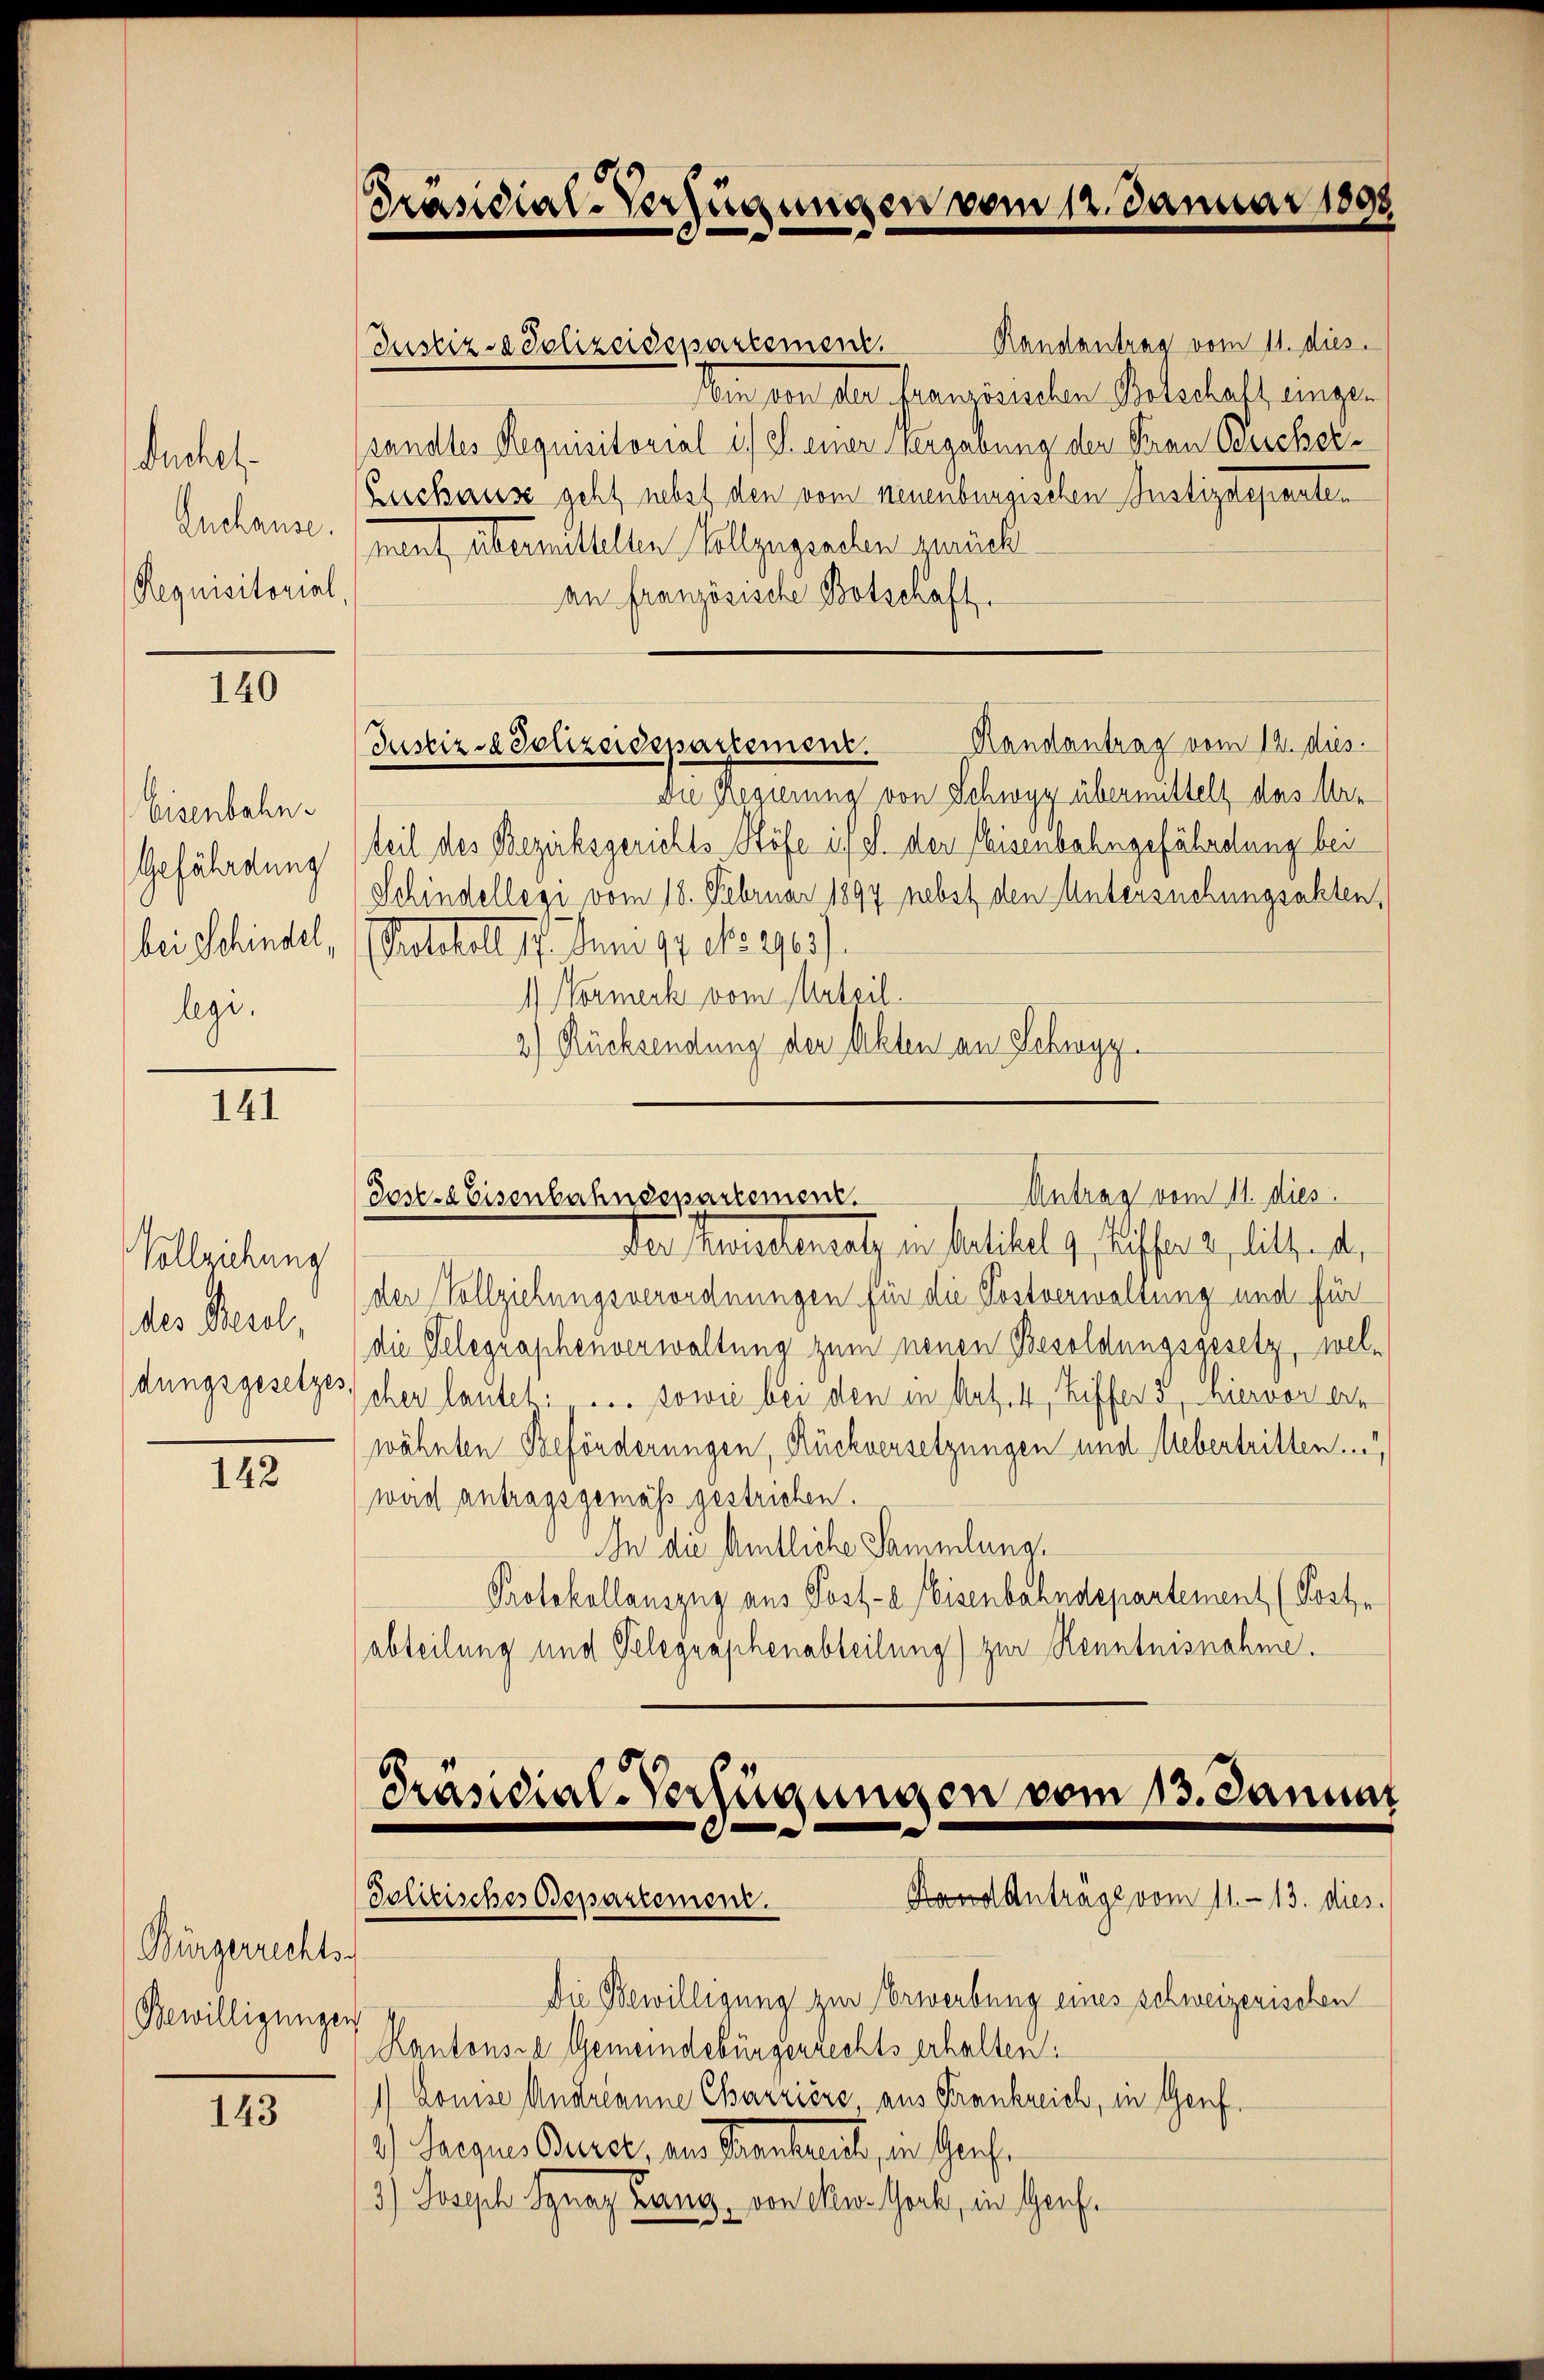
Suchel¬
Enchause.
Requisitorial

140

Eisenbahn.
(Gefährdung
bei Schindel,
lege.

141

Vollziehung
des Bezel,
dungsgesetze.

142

Bürgerrechts-
Bewilligunge

143

Präsidial-Verfügungen vom 12. Januar 1898

sen der der franzienden Betschaft eingen
sandtes Requisitorial i. el. einer Vergabung der Frau Bucher¬
Zuschause geht nebst den vom neuenburgischen Justizdeparten
ment, abermittelten Vollzugischen gemacht
an französische Botschaft.
Handantrag vom 12. dies
Justiz-Polizeidepartement.
Die Regierung von Schwyz übermittelt das Urteil des Bezirksgerichts Stöfe ist d. der Weisenbahngefährdung bei
Schindellegi vom 18. Februar 1894 nebst den Untersuchungsakten,
Pathol. 17. Jun. 17. No 290).
1) Normerk vom Urteil
2.) Rücksendung der Akten an Schwyz.

Justiz- & Polizeidepartement.

Antrag vom 11. dies
dose. Eisenbahndepartement.

Präsidial-Verfügungen vom 13. Januar
Hand Antrage vom 11. 13. dies
Politisches Departement.

Randantrag vom 11. dies

Der Herredensatz, in Bestitel v. Riffer 2, litte de
der Vollziehungsverordnungen für die Postverwaltung und für
die Telegraphenverwaltung zum neuen Besoldungsgesetz, wel¬
3) eher lautet: . . . sowie bei den in Art. 4, Ziffer 3, hiervon der
wähnten Beförderungen, Rückversetzungen und Mebertritten.
ward antragsgemäß gestrichen.
In die Amtliche Sammlung,
Protokollauszug aus Post-a Eisenbahndepartement (Post-
abteilung und Telegraphenabteilung) zur Kenntnisnahme.

Die Bewilligung zur Erwerbung eines schweizerischen
n
Kantonsre Gemeindebürgerrechts erhalten:
1) Louise Andreanne Charzière, aus Frankreich, in Genf.
.) Seques Baure, aus Manteilt, in Grafe
3) Joseph Ignaz Gang, von New-Yoch, in Genf¬